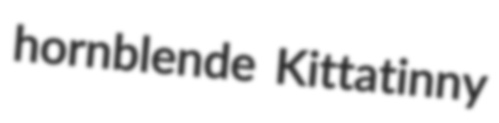
hornblende Kittatinny